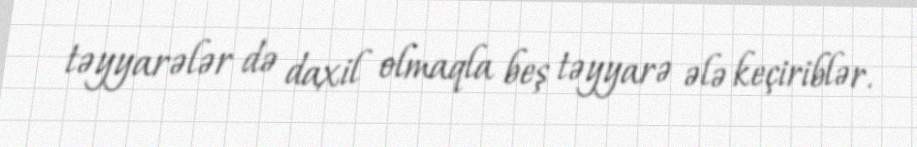
təyyarələr də daxil olmaqla beş təyyarə ələ keçiriblər.